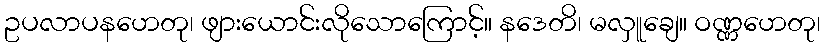
ဥပလာပနဟေတု၊ ဖျားယောင်းလိုသောကြောင့်။ နဒေတိ၊ မလှူချေ။ ဝဏ္ဏဟေတု၊